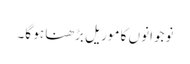
نوجوانوں کا موریل بڑھنا ہو گا۔